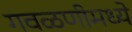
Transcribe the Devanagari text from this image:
गवळणीमध्ये